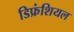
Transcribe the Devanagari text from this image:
डिफ्रंशियल